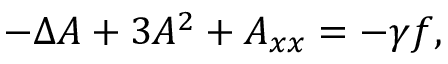
- \Delta A + 3 A ^ { 2 } + A _ { x x } = - \gamma f ,